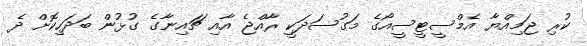
ކުރި ޖަމިއްޔާ އެމްސީޓީސީއޯގެ މަގުސަދަކީ ރާއްޖެ އާއި ޗައިނާގެ ގުޅުން ބަދަހިކޮށް ދެ